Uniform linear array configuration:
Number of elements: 32
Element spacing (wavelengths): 1
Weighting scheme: uniform
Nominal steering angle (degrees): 0
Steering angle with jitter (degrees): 0.3671
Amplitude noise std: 0.05
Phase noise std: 0.05

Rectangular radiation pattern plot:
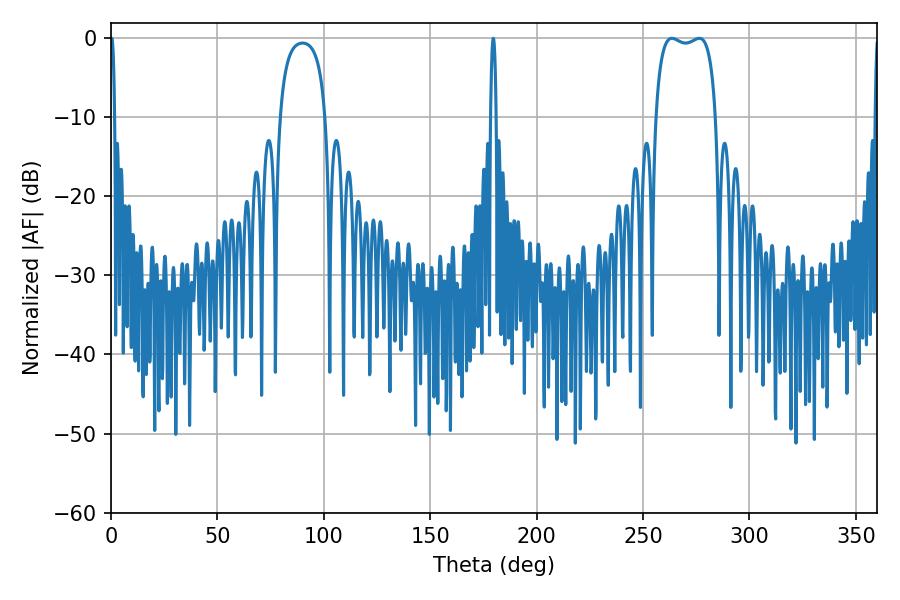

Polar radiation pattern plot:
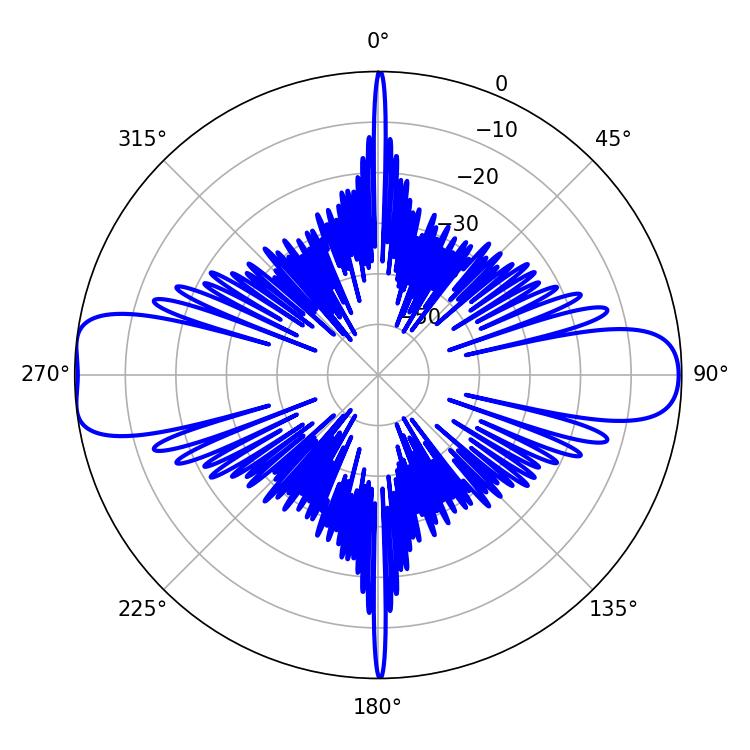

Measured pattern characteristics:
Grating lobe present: TRUE
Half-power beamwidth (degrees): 22.68
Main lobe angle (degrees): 263.52